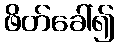
ဖိတ်ခေါ်၍